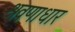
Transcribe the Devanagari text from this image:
श्रवणाधार